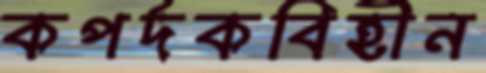
কপর্দকবিহীন